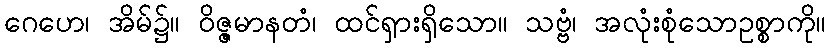
ဂေဟေ၊ အိမ်၌။ ဝိဇ္ဇမာနတံ၊ ထင်ရှားရှိသော။ သဗ္ဗံ၊ အလုံးစုံသောဥစ္စာကို။